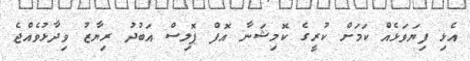
އެޅި ފިޔަވަޅެއް ކަމަށް ކުރީގެ ކޮމިޝަނާ އޮފް ޕޮލިސް އަބުދު ރިޔާޒު ވިދާޅުވެއްޖެ